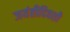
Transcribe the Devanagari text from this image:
जयंतीदिवशी